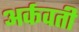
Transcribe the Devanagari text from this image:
अर्कवती